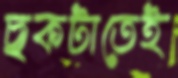
ছকটাতেই